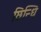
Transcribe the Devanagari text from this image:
छिन्धि